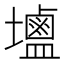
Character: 𮭭